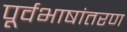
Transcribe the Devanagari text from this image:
पूर्वभाषांतरण